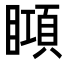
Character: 䁰